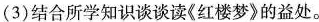
(3)结合所学知识谈谈读《红楼梦》的益处。